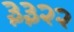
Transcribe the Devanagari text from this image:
३३२२